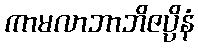
ကာမလာဘာဘိဇပ္ပိနံ